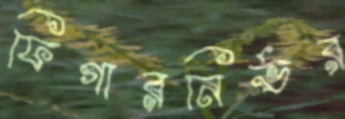
ফিগারনির্ভর